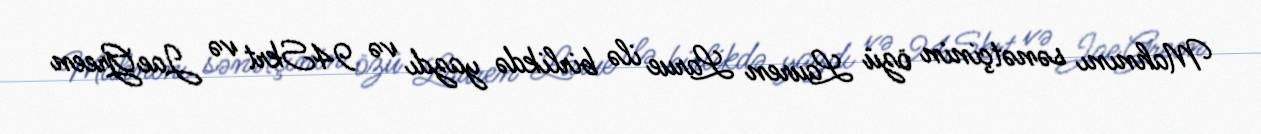
Mahnını sənətçinin özü Lauren Larue ilə birlikdə yazdı və 94Skrt və JaeGreen